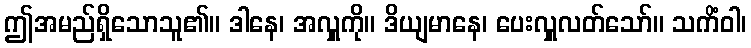
ဤအမည်ရှိသောသူ၏။ ဒါနေ၊ အလှူကို။ ဒိယျမာနေ၊ ပေးလှူလတ်သော်။ သကိံဝါ၊